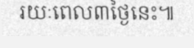
រយៈពេល៣ថ្ងៃនេះ៕